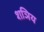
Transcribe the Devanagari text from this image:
शञिय